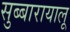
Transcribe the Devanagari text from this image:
सुब्बारायालू